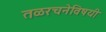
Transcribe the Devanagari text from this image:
तळरचनेविषयी